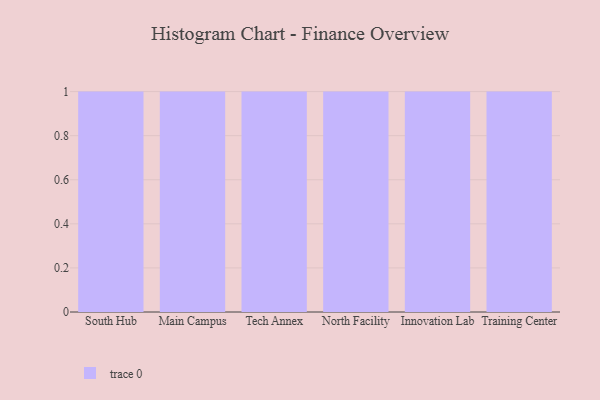
{"axis": {"x": "Campus", "y": "Inventory Turnover"}, "legend": [""], "data": [{"x": "South Hub", "y": 52, "type": ""}, {"x": "Main Campus", "y": 76, "type": ""}, {"x": "Tech Annex", "y": 87, "type": ""}, {"x": "North Facility", "y": 1, "type": ""}, {"x": "Innovation Lab", "y": 71, "type": ""}, {"x": "Training Center", "y": 78, "type": ""}]}